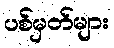
ပစ်မှတ်များ